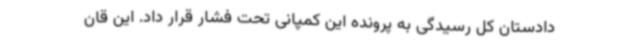
دادستان کل رسیدگی به پرونده این کمپانی تحت فشار قرار داد. این قان